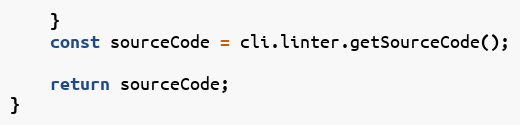
Language: JavaScript
    }
    const sourceCode = cli.linter.getSourceCode();

    return sourceCode;
}